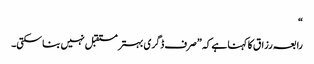
“
رابعہ رزاق کا کہنا ہے کہ ”صرف ڈگری بہتر مستقبل نہیں بنا سکتی۔